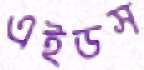
এইডস